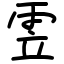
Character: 雴